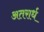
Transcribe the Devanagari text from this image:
अतरार्ध